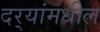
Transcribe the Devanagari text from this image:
दर्‍यांमधील